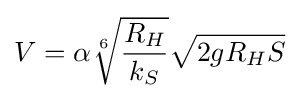
V=\alpha {\sqrt[{6}]{\frac {{R}_{H}}{{k}_{S}}}}{\sqrt {2g{R}_{H}S}}